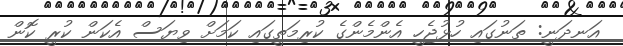
އަނދަނީ: ތަނުގައި ހުޅުޖެހީ އެންމެންގެ ކުރިމަތީގައި ކަމަށް ވިޔަސް އެކަން ކުރީ ކޮން